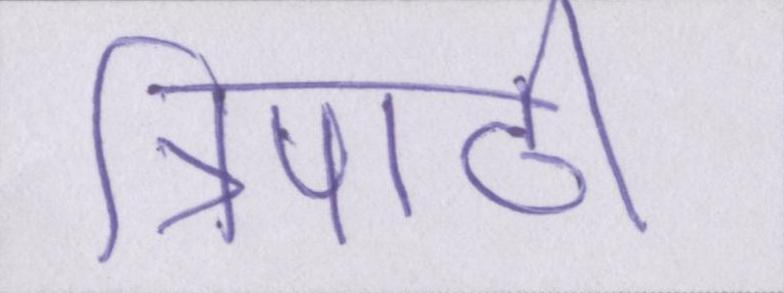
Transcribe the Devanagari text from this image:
त्रिपाठी